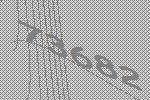
73682